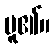
မူ၏။